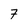
Character: 7